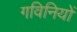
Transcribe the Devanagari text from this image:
गविनियों